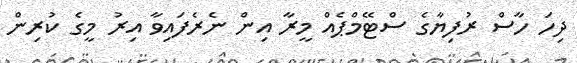
ދިހަ ހާސް ރުފިޔާގެ ސްޓޭމްޕެއް މީރާ އިން ނެރެފައިވާ އިރު މީގެ ކުރިން